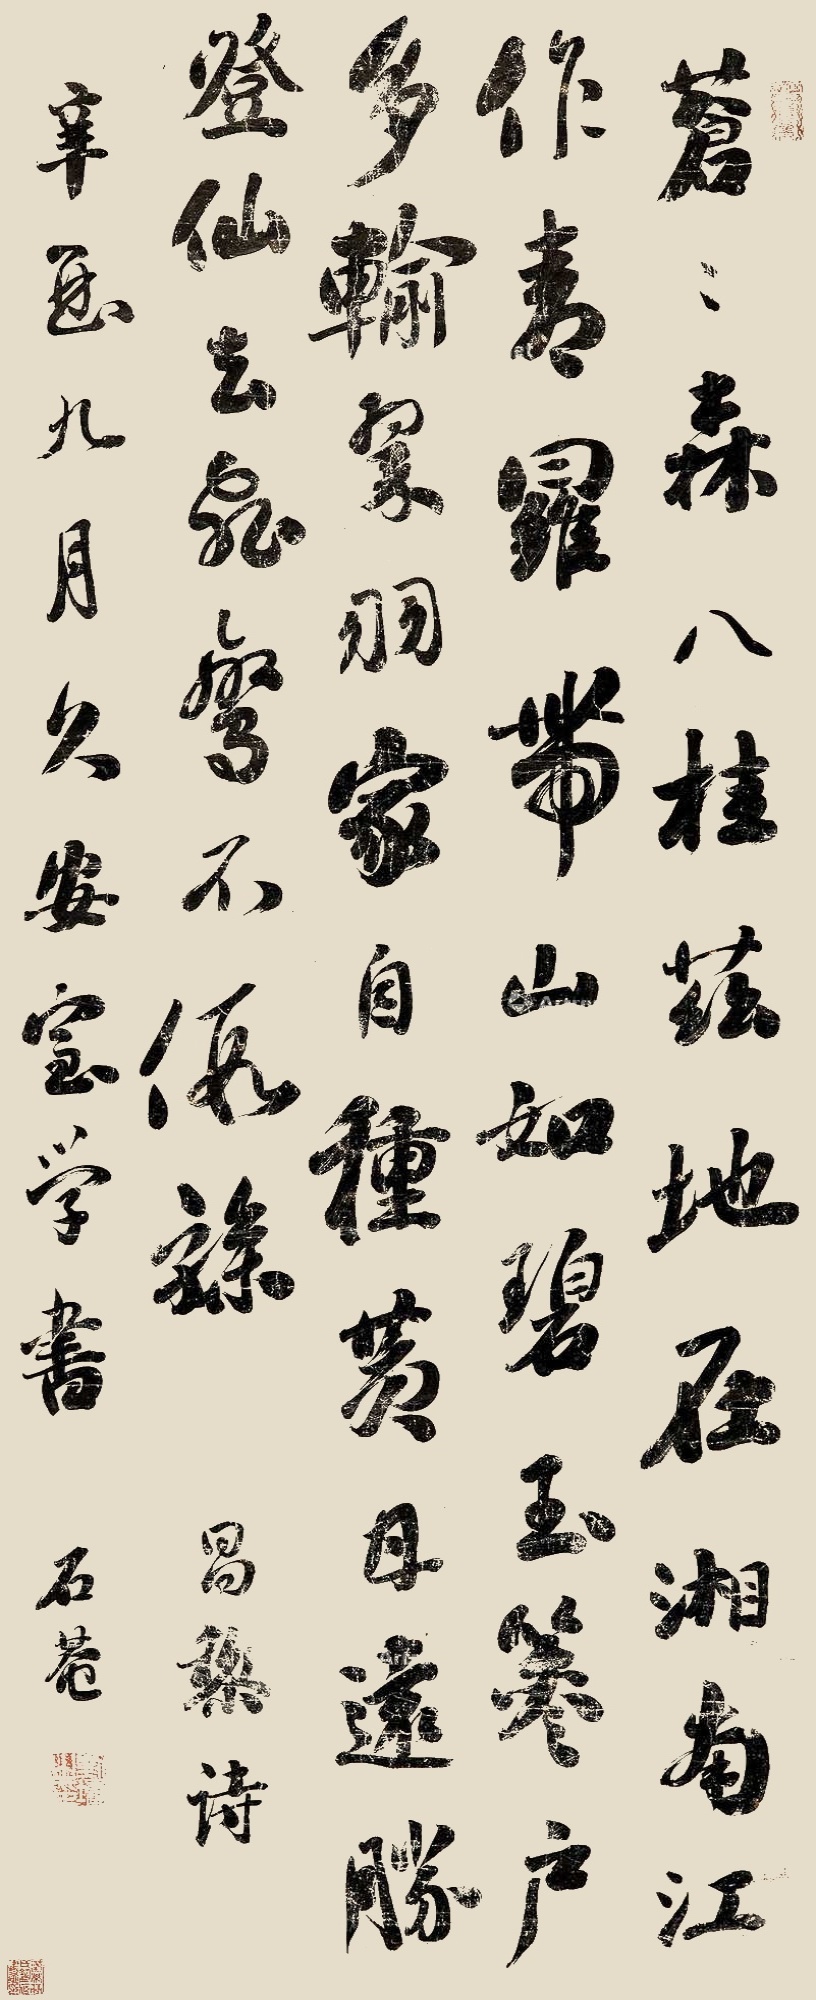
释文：苍苍森八桂，兹地在湘南。江作青罗带，山如碧玉𥮾。户多输翠羽，家自种黄甘。远胜登仙去，飞鸾不假骖。昌黎诗。辛酉九月，久安室学书，石庵。